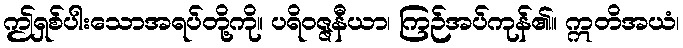
ဤရှစ်ပါးသောအရပ်တို့ကို။ ပရိဝဇ္ဇနီယာ၊ ကြဉ်အပ်ကုန်၏။ ဣတိအယံ၊